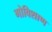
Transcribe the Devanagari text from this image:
गोविशाण